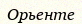
Орьенте